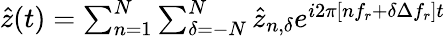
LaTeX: \begin{array}{r}{\hat{z}(t)=\sum_{n=1}^{N}\sum_{{\delta}=-N}^{N}\hat{z}_{n,{\delta}}e^{i2\pi[nf_{r}+{\delta}\Delta f_{r}]t}}\end{array}